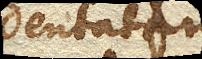
dentatam